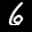
Label: 6